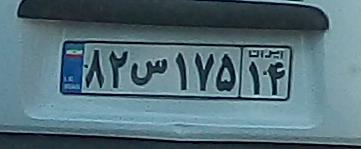
۸۲س۱۷۵۱۴